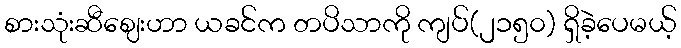
စားသုံးဆီဈေးဟာ ယခင်က တပိသာကို ကျပ်(၂၁၅၀) ရှိခဲ့ပေမယ့်